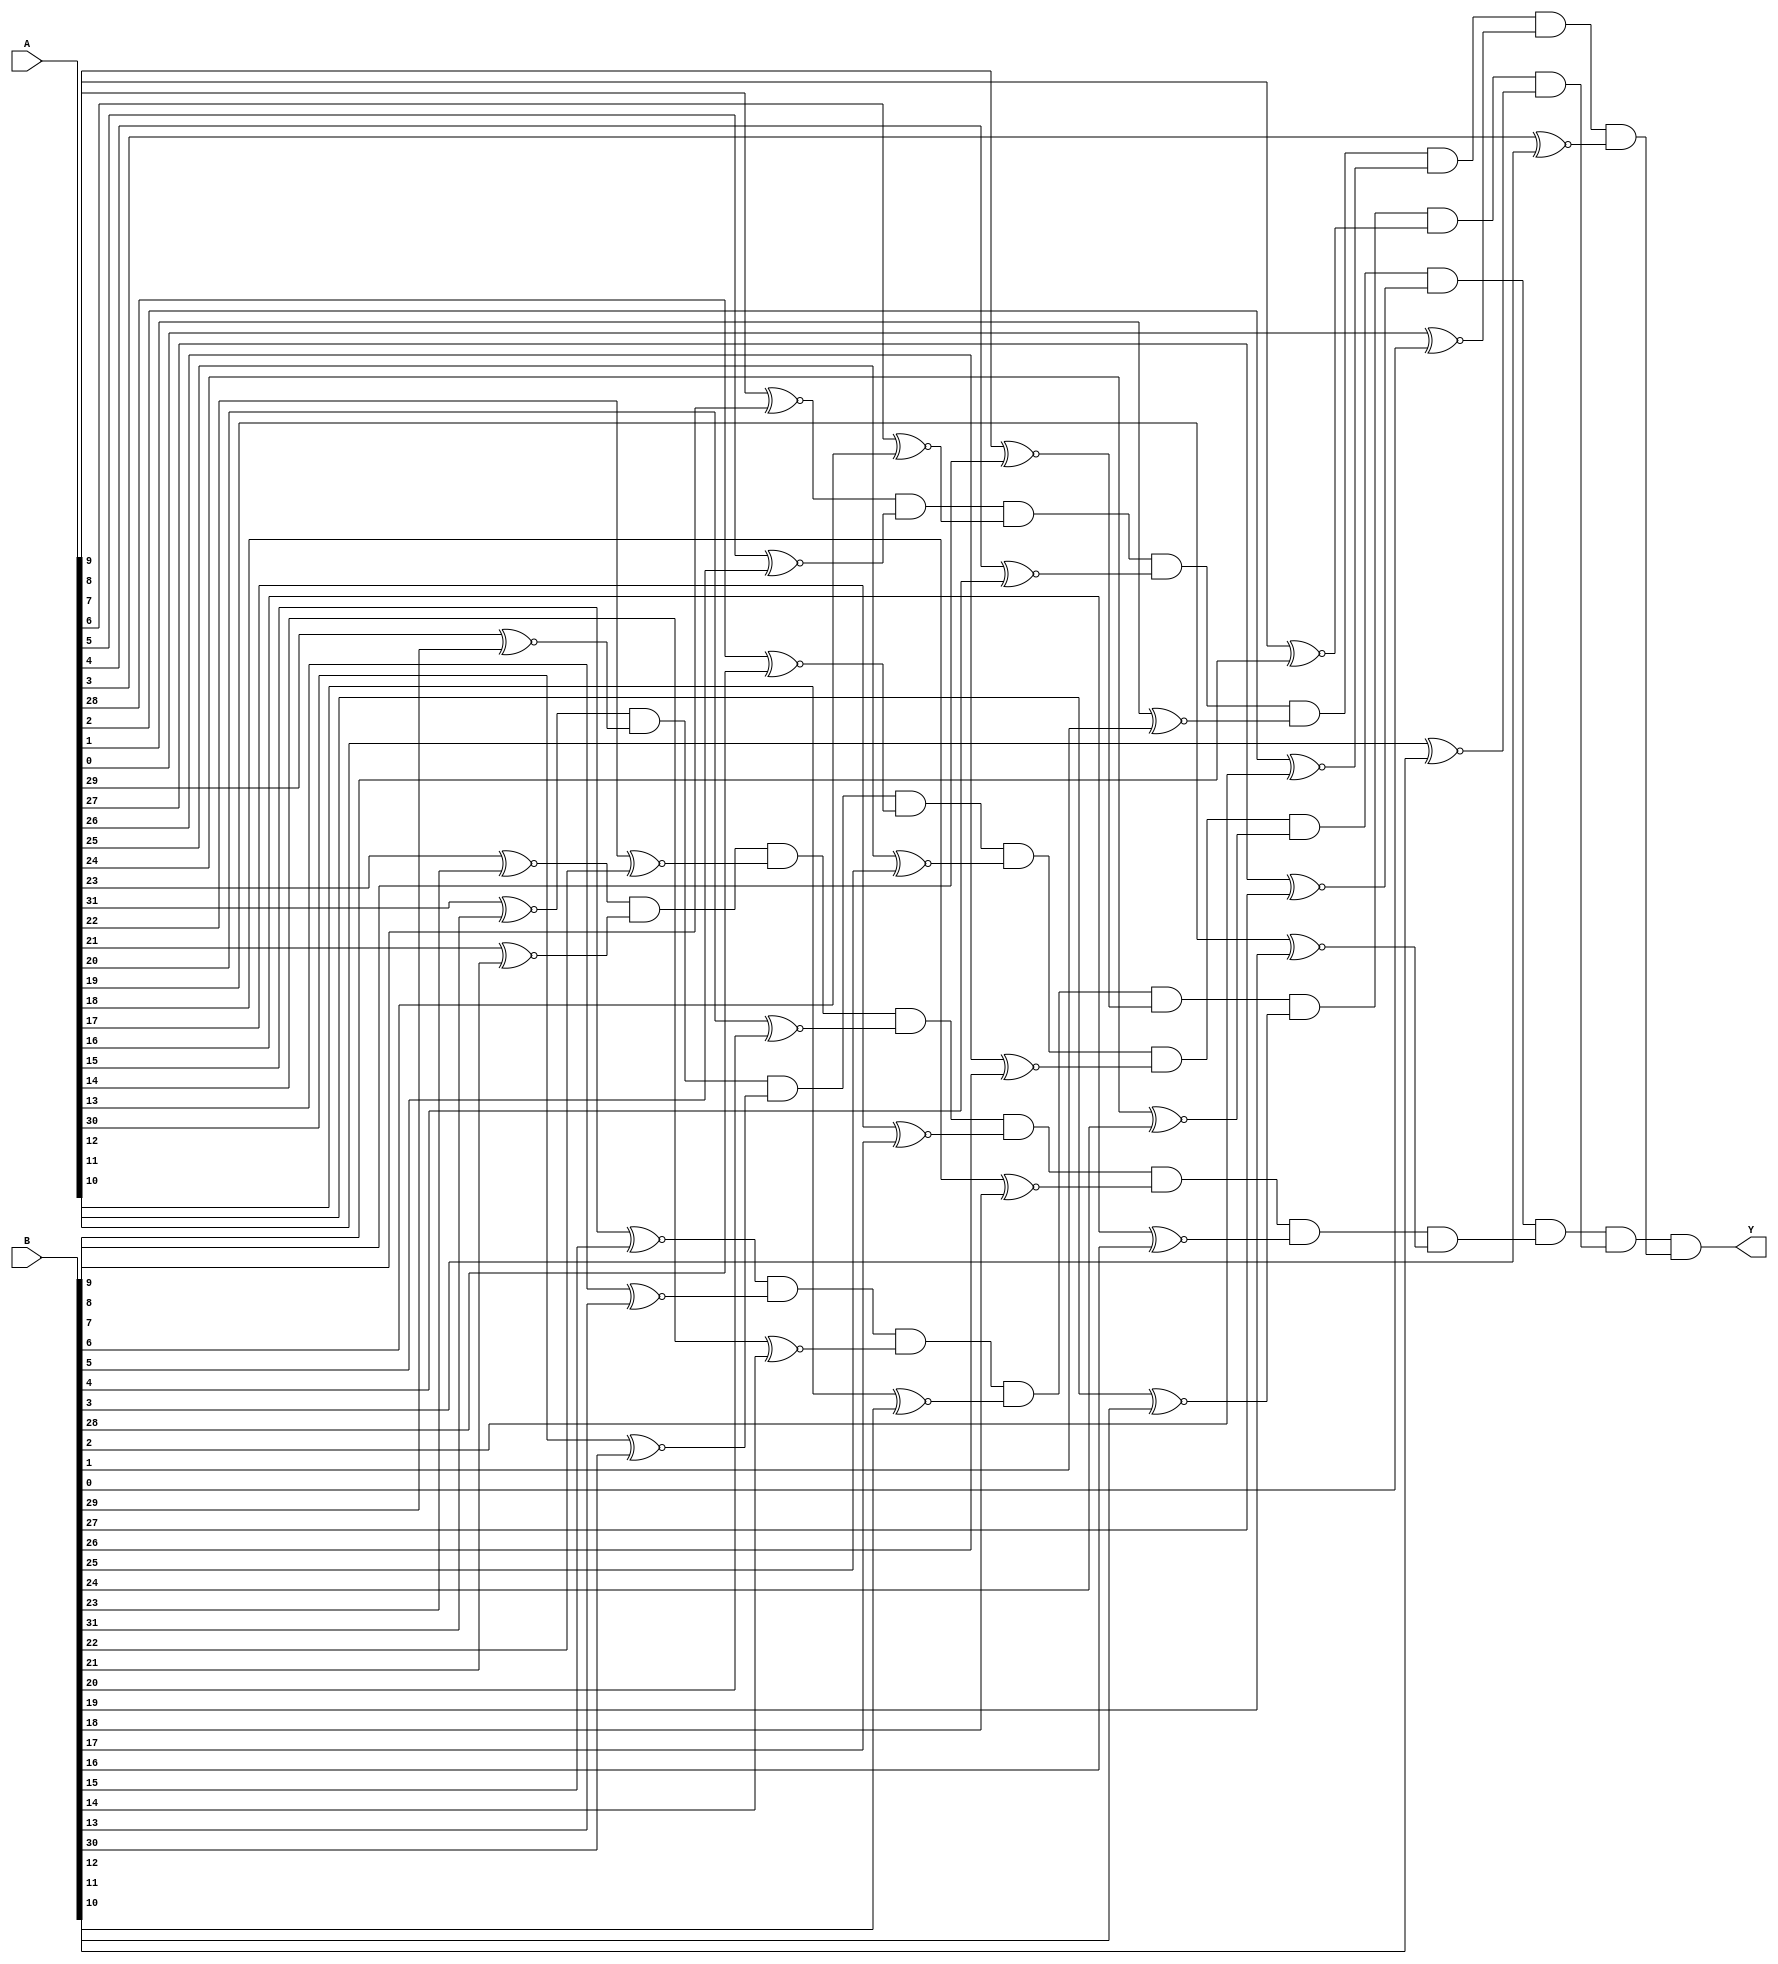
// Copyright (C) 2018  Intel Corporation. All rights reserved.
// Your use of Intel Corporation's design tools, logic functions 
// and other software and tools, and its AMPP partner logic 
// functions, and any output files from any of the foregoing 
// (including device programming or simulation files), and any 
// associated documentation or information are expressly subject 
// to the terms and conditions of the Intel Program License 
// Subscription Agreement, the Intel Quartus Prime License Agreement,
// the Intel FPGA IP License Agreement, or other applicable license
// agreement, including, without limitation, that your use is for
// the sole purpose of programming logic devices manufactured by
// Intel and sold by Intel or its authorized distributors.  Please
// refer to the applicable agreement for further details.

// PROGRAM		"Quartus Prime"
// VERSION		"Version 18.1.0 Build 625 09/12/2018 SJ Lite Edition"
// CREATED		"Tue Nov 17 22:11:19 2020"

module EQ_32(
	A,
	B,
	Y
);


input wire	[31:0] A;
input wire	[31:0] B;
output wire	Y;

wire	SYNTHESIZED_WIRE_0;
wire	SYNTHESIZED_WIRE_1;
wire	SYNTHESIZED_WIRE_2;
wire	SYNTHESIZED_WIRE_3;
wire	SYNTHESIZED_WIRE_4;
wire	SYNTHESIZED_WIRE_5;
wire	SYNTHESIZED_WIRE_6;
wire	SYNTHESIZED_WIRE_7;
wire	SYNTHESIZED_WIRE_8;
wire	SYNTHESIZED_WIRE_9;
wire	SYNTHESIZED_WIRE_10;
wire	SYNTHESIZED_WIRE_11;
wire	SYNTHESIZED_WIRE_12;
wire	SYNTHESIZED_WIRE_13;
wire	SYNTHESIZED_WIRE_14;
wire	SYNTHESIZED_WIRE_15;
wire	SYNTHESIZED_WIRE_16;
wire	SYNTHESIZED_WIRE_17;
wire	SYNTHESIZED_WIRE_18;
wire	SYNTHESIZED_WIRE_19;
wire	SYNTHESIZED_WIRE_20;
wire	SYNTHESIZED_WIRE_21;
wire	SYNTHESIZED_WIRE_22;
wire	SYNTHESIZED_WIRE_23;
wire	SYNTHESIZED_WIRE_24;
wire	SYNTHESIZED_WIRE_25;
wire	SYNTHESIZED_WIRE_26;
wire	SYNTHESIZED_WIRE_27;
wire	SYNTHESIZED_WIRE_28;
wire	SYNTHESIZED_WIRE_29;
wire	SYNTHESIZED_WIRE_30;
wire	SYNTHESIZED_WIRE_31;
wire	SYNTHESIZED_WIRE_32;
wire	SYNTHESIZED_WIRE_33;
wire	SYNTHESIZED_WIRE_34;
wire	SYNTHESIZED_WIRE_35;




assign	SYNTHESIZED_WIRE_0 = A[31] ~^ B[31];

assign	SYNTHESIZED_WIRE_10 = A[22] ~^ B[22];

assign	SYNTHESIZED_WIRE_9 = A[21] ~^ B[21];

assign	SYNTHESIZED_WIRE_11 = A[20] ~^ B[20];

assign	SYNTHESIZED_WIRE_15 = A[19] ~^ B[19];

assign	SYNTHESIZED_WIRE_13 = A[18] ~^ B[18];

assign	SYNTHESIZED_WIRE_12 = A[17] ~^ B[17];

assign	SYNTHESIZED_WIRE_14 = A[16] ~^ B[16];

assign	SYNTHESIZED_WIRE_16 = A[15] ~^ B[15];

assign	SYNTHESIZED_WIRE_18 = A[14] ~^ B[14];

assign	SYNTHESIZED_WIRE_17 = A[13] ~^ B[13];

assign	SYNTHESIZED_WIRE_2 = A[30] ~^ B[30];

assign	SYNTHESIZED_WIRE_19 = A[12] ~^ B[12];

assign	SYNTHESIZED_WIRE_23 = A[11] ~^ B[11];

assign	SYNTHESIZED_WIRE_21 = A[10] ~^ B[10];

assign	SYNTHESIZED_WIRE_20 = A[9] ~^ B[9];

assign	SYNTHESIZED_WIRE_22 = A[8] ~^ B[8];

assign	SYNTHESIZED_WIRE_24 = A[7] ~^ B[7];

assign	SYNTHESIZED_WIRE_26 = A[6] ~^ B[6];

assign	SYNTHESIZED_WIRE_25 = A[5] ~^ B[5];

assign	SYNTHESIZED_WIRE_27 = A[4] ~^ B[4];

assign	SYNTHESIZED_WIRE_31 = A[3] ~^ B[3];

assign	SYNTHESIZED_WIRE_3 = A[28] ~^ B[28];

assign	SYNTHESIZED_WIRE_29 = A[2] ~^ B[2];

assign	SYNTHESIZED_WIRE_28 = A[1] ~^ B[1];

assign	SYNTHESIZED_WIRE_30 = A[0] ~^ B[0];

assign	SYNTHESIZED_WIRE_32 = SYNTHESIZED_WIRE_0 & SYNTHESIZED_WIRE_1 & SYNTHESIZED_WIRE_2 & SYNTHESIZED_WIRE_3 & SYNTHESIZED_WIRE_4 & SYNTHESIZED_WIRE_5 & SYNTHESIZED_WIRE_6 & SYNTHESIZED_WIRE_7;

assign	SYNTHESIZED_WIRE_33 = SYNTHESIZED_WIRE_8 & SYNTHESIZED_WIRE_9 & SYNTHESIZED_WIRE_10 & SYNTHESIZED_WIRE_11 & SYNTHESIZED_WIRE_12 & SYNTHESIZED_WIRE_13 & SYNTHESIZED_WIRE_14 & SYNTHESIZED_WIRE_15;

assign	SYNTHESIZED_WIRE_34 = SYNTHESIZED_WIRE_16 & SYNTHESIZED_WIRE_17 & SYNTHESIZED_WIRE_18 & SYNTHESIZED_WIRE_19 & SYNTHESIZED_WIRE_20 & SYNTHESIZED_WIRE_21 & SYNTHESIZED_WIRE_22 & SYNTHESIZED_WIRE_23;

assign	SYNTHESIZED_WIRE_35 = SYNTHESIZED_WIRE_24 & SYNTHESIZED_WIRE_25 & SYNTHESIZED_WIRE_26 & SYNTHESIZED_WIRE_27 & SYNTHESIZED_WIRE_28 & SYNTHESIZED_WIRE_29 & SYNTHESIZED_WIRE_30 & SYNTHESIZED_WIRE_31;

assign	Y = SYNTHESIZED_WIRE_32 & SYNTHESIZED_WIRE_33 & SYNTHESIZED_WIRE_34 & SYNTHESIZED_WIRE_35;

assign	SYNTHESIZED_WIRE_1 = A[29] ~^ B[29];

assign	SYNTHESIZED_WIRE_7 = A[27] ~^ B[27];

assign	SYNTHESIZED_WIRE_5 = A[26] ~^ B[26];

assign	SYNTHESIZED_WIRE_4 = A[25] ~^ B[25];

assign	SYNTHESIZED_WIRE_6 = A[24] ~^ B[24];

assign	SYNTHESIZED_WIRE_8 = A[23] ~^ B[23];


endmodule